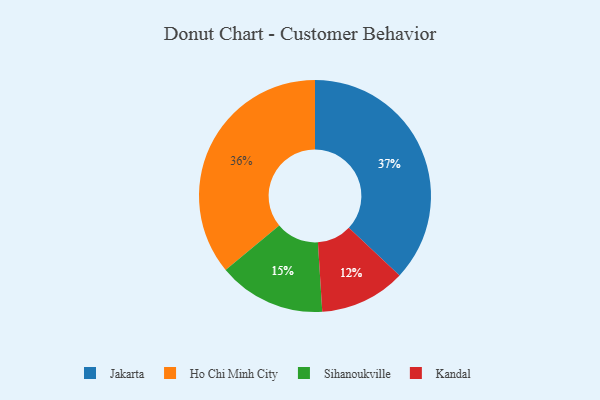
{"axis": {"x": "Category", "y": "Percentage"}, "legend": ["Ho Chi Minh City", "Jakarta", "Kandal", "Sihanoukville"], "data": [{"x": "Jakarta", "y": 37, "type": "Jakarta"}, {"x": "Kandal", "y": 12, "type": "Kandal"}, {"x": "Ho Chi Minh City", "y": 36, "type": "Ho Chi Minh City"}, {"x": "Sihanoukville", "y": 15, "type": "Sihanoukville"}]}